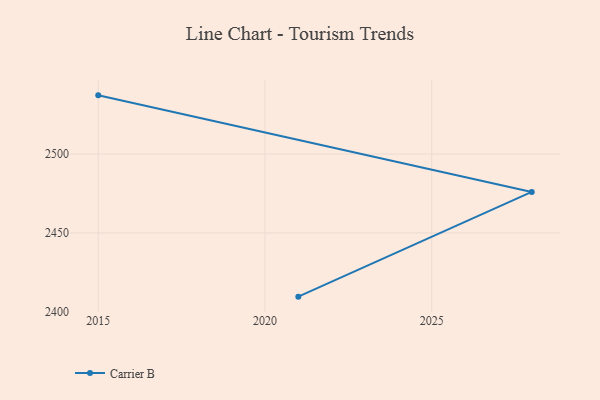
{"axis": {"x": "Year", "y": "Gross Profit (USD K)"}, "legend": ["Carrier B"], "data": [{"x": "2015", "y": 2537.2, "type": "Carrier B"}, {"x": "2028", "y": 2476.0, "type": "Carrier B"}, {"x": "2021", "y": 2409.6, "type": "Carrier B"}]}